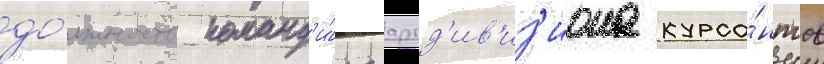
до́лжность команд'и́ра артд'ив'из'иона курса́нтов